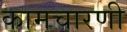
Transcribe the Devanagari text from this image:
कामचारणी